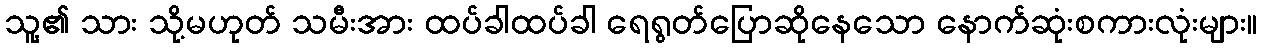
သူ့၏ သား သို့မဟုတ် သမီးအား ထပ်ခါထပ်ခါ ရေရွတ်ပြောဆိုနေသော နောက်ဆုံးစကားလုံးများ။